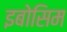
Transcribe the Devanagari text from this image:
इबोसिम